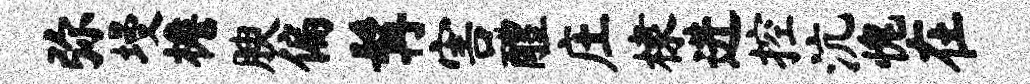
弥墁檐腴偏髯害醴庄棣进控沆愧在